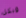
وبكل